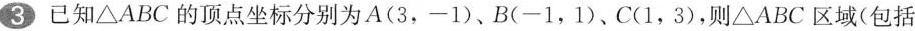
3已知△ABC的顶点坐标分别为A(3，-1)、B(-1，1)、C(1，3)，则△ABC区域(包括